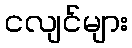
ငလျင်များ